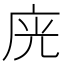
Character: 𭙛